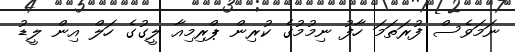
ނަމަވެސް ފުރަތަމަ ހާފު ނިމުމުގެ ކުރިން ޕްރިމިއާ ލީގުގެ ހަލް އިން ލީޑު